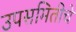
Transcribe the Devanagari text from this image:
उपसमितीचे